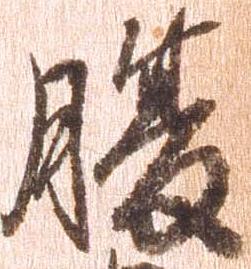
腹